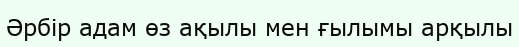
Әрбір адам өз ақылы мен ғылымы арқылы